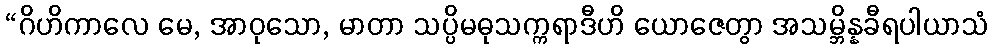
“ဂိဟိကာလေ မေ, အာဝုသော, မာတာ သပ္ပိမဓုသက္ကရာဒီဟိ ယောဇေတွာ အသမ္ဘိန္နခီရပါယာသံ